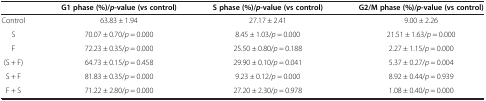
<table><thead><tr><td><b> </b></td><td><b>G1 phase (%)/ <i>p </i>-value (vs control)</b></td><td><b>S phase (%)/ <i>p </i>-value (vs control)</b></td><td><b>G2/M phase (%)/ <i>p </i>-value (vs control)</b></td></tr></thead><tbody><tr><td>Control</td><td>63.83 ± 1.94</td><td>27.17 ± 2.41</td><td>9.00 ± 2.26</td></tr><tr><td>S</td><td>70.07 ± 0.70/<i>p</i> = 0.000</td><td>8.45 ± 1.03/<i>p</i> = 0.000</td><td>21.51 ± 1.63/<i>p</i> = 0.000</td></tr><tr><td>F</td><td>72.23 ± 0.35/<i>p</i> = 0.000</td><td>25.50 ± 0.80/<i>p</i> = 0.188</td><td>2.27 ± 1.15/<i>p</i> = 0.000</td></tr><tr><td>(S + F)</td><td>64.73 ± 0.15/<i>p</i> = 0.458</td><td>29.90 ± 0.10/<i>p</i> = 0.041</td><td>5.37 ± 0.27/<i>p</i> = 0.004</td></tr><tr><td>S + F</td><td>81.83 ± 0.35/<i>p</i> = 0.000</td><td>9.23 ± 0.12/<i>p</i> = 0.000</td><td>8.92 ± 0.44/<i>p</i> = 0.939</td></tr><tr><td>F + S</td><td>71.22 ± 2.80/<i>p</i> = 0.000</td><td>27.20 ± 2.30/<i>p</i> = 0.978</td><td>1.08 ± 0.40/<i>p</i> = 0.000</td></tr></tbody></table>